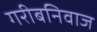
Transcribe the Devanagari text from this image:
गरीबनिवाज